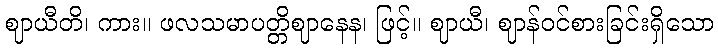
ဈာယီတိ၊ ကား။ ဖလသမာပတ္တိဈာနေန၊ ဖြင့်။ ဈာယီ၊ ဈာန်ဝင်စားခြင်းရှိသော